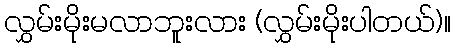
လွှမ်းမိုးမလာဘူးလား (လွှမ်းမိုးပါတယ်)။